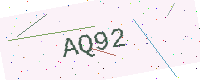
Text: AQ92